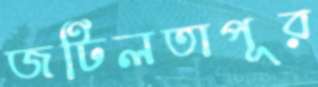
জটিলতাপূর